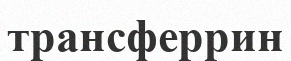
трансферрин